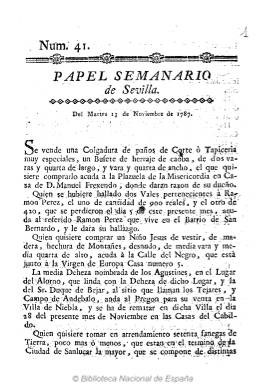
Título: Papel semanario de Sevilla
Colección: Periódicos anteriores a 1850
Ámbito geográfico: Sevilla
Lugar de publicación: Sevilla
Fechas: 13/11/1787-27/11/1787

Esta publicación periódica ha permanecido desconocida en los estudios del periodismo sevillano y español, como es el caso de los llevados a cabo, en 1889, por Manuel Aznar y Gómez y, en 1896, por Chaves, así como por los de Aguilar Piñal de 1974 y 1978. En la colección de La Biblioteca Nacional de España sólo se encuentran los números 41 y 43 de este título, correspondientes al 13 y 27 de noviembre de 1787, respectivamente; pero el mismo también está catalogado en la Hemeroteca Municipal de Sevilla, y el 17 de enero de 1986, el profesor José Antonio Jiménez denunciaba en el diario ABC, de Sevilla, la desaparición de su colección en el derrumbe de la Biblioteca Capitular y Colombina de esta ciudad. Sin embargo, su colección prácticamente completa –a excepción del número 34- se encuentra en el Thomas J. Dodel Research Center de la Universidad de Conneticut, y se puede acceder on line a la misma a través de Archive.org.

Su primer número aparece el seis de febrero de 1787, aunque también con la indicación de “número 1”, pero sin fecha, publica previamente su prospecto en donde ofrece el plan de publicación y suscripción de lo que será este semanario, que expresa que aparecerá los viernes y que a partir de su número 15, correspondiente al 15 de febrero de ese año, lo hará cada martes, además de aparecer desde entonces el pie de imprenta. Este no es otro que el de la Imprenta de la Ciudad, en la calle Génova, es decir, la que regentaba Manuel Nicolás Vázquez, que en 1781, se había asociado con Francisco Antonio Hidalgo, formando la marca Vázquez, Hidalgo y Compañía.

Sus entregas están impresas en un pliego en 4º, generalmente, de cuatro páginas compuestas a una columna y sin foliar. Sin apenas epígrafes y en texto corrido da cuenta de ventas, compras, pérdidas, hurtos, hallazgos, arrendamientos, precios de los granos, empleos, normas legales y otros sueltos sobre asuntos que ocurrían cada semana. Pero también da listados de nóminas o estados de los Señores Ventiquatros, Jurados, Canónigos, Dignidades, Racioneros, Doctores, Procuradores, Corredores de Lonja, Títulos de Castilla, o relaciones de quienes integran la Real Aduana de Sevilla o la Real Fábrica de Tabacos, o listas de parroquias y poblaciones, y esto lo hace en sus primeras entregas en una hoja aparte. Asimismo ofrece listados de los libros nuevos “que han venido a esta ciudad” y que se encontraban para su venta en la librería de los citados impresores o en la de de Berard Hermanos y Compañía, establecida en la misma calle Génova, así como algún artículo bajo el epígrafe Noticia curiosa o Noticia histórica.

El último número conocido de este título es el 46, que corresponde al 18 de diciembre de ese mismo año 1787. A partir de enero de 1788 comienza a imprimirse Semanario de Sevilla, en la misma Imprenta de la Ciudad, de la calle Génova, que después adopta el nombre de Imprenta Mayor de la Ciudad, con un formato similar. De este título –más conocido en la historiografía- están localizados sus primeros siete números, que van del uno de enero al 19 de febrero de este año, en las colecciones de la Universidad de Sevilla y de la Hemeroteca Municipal de Madrid. Por lo que este título con toda probabilidad debió sustituir a Papel semanario de Sevilla.